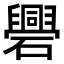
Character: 𥗑